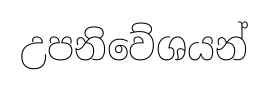
උපනිවේශයන්